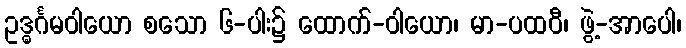
ဥဒ္ဓင်္ဂမဝါယော စသော ၆-ပါး၌ ထောက်-ဝါယော၊ မာ-ပထဝီ၊ ဖွဲ့-အာပေါ၊